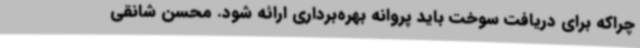
چراکه برای دریافت سوخت باید پروانه بهره‌برداری ارائه شود. محسن شانقی